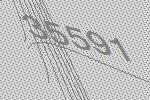
35591